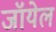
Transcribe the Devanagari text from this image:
जॉयेल